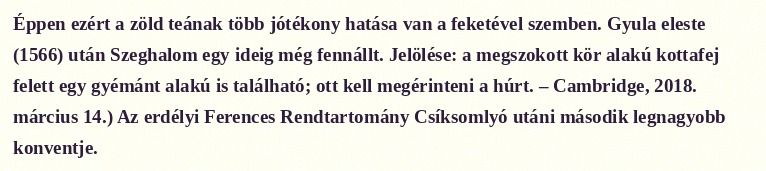
Éppen ezért a zöld teának több jótékony hatása van a feketével szemben. Gyula eleste (1566) után Szeghalom egy ideig még fennállt. Jelölése: a megszokott kör alakú kottafej felett egy gyémánt alakú is található; ott kell megérinteni a húrt. – Cambridge, 2018. március 14.) Az erdélyi Ferences Rendtartomány Csíksomlyó utáni második legnagyobb konventje.